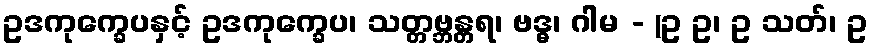
ဥဒကုက္ခေပနှင့် ဥဒကုက္ခေပ၊ သတ္တဗ္ဘန္တရ၊ ဗဒ္ဓ၊ ဂါမ - (ဥ ဥ၊ ဥ သတ်၊ ဥ